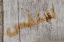
النفس